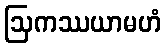
ဩကဿယာမဟံ